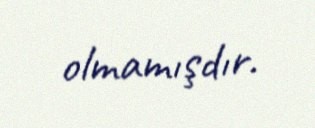
olmamışdır.